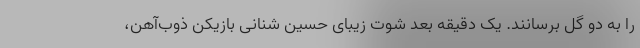
را به دو گل برسانند. یک دقیقه بعد شوت زیبای حسین شنانی بازیکن ذوب‌آهن،